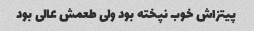
پیتزاش خوب نپخته بود ولی طعمش عالی بود